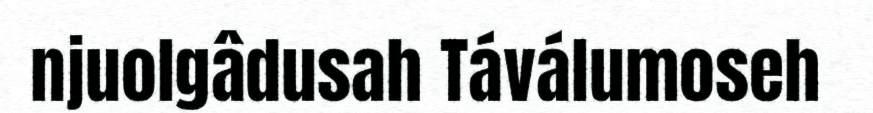
njuolgâdusah Táválumoseh